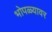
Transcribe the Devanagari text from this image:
भोपळ्यावर